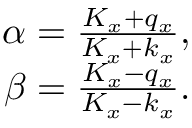
\begin{array} { r } { \alpha = \frac { K _ { x } + q _ { x } } { K _ { x } + k _ { x } } , } \\ { \beta = \frac { K _ { x } - q _ { x } } { K _ { x } - k _ { x } } . } \end{array}